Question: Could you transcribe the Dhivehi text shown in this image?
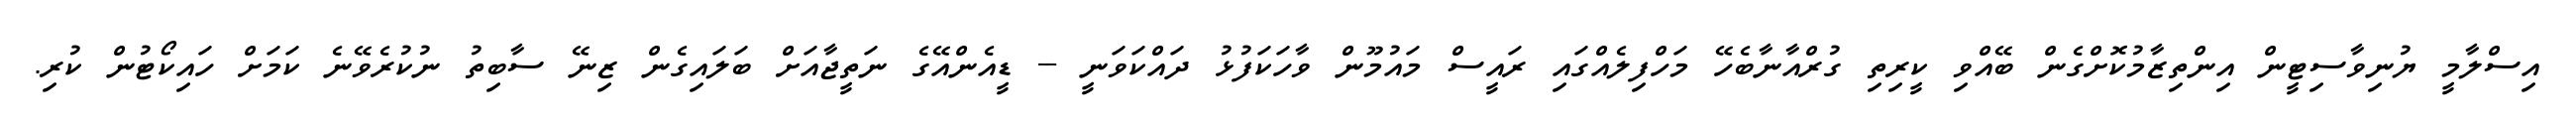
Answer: އިސްލާމީ ޔުނިވާސިޓީން އިންތިޒާމުކޮށްގެން ބޭއްވި ކީރިތި ގުރްއާނާބެހޭ މަހްފިލެއްގައި ރައީސް މައުމޫން ވާހަކަފުޅު ދައްކަވަނީ -- ޑީއެންއޭގެ ނަތީޖާއަށް ބަލައިގެން ޒިނޭ ސާބިތު ނުކުރެވޭނެ ކަމަށް ހައިކޯޓުން ކުރި.